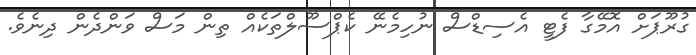
ގުރޫޕަށް އޮމޭގާ ފެޓީ އެސިޑްސް ނުހިމެނޭ ކެޕްސޫލްތަކެއް ތިން މަސް ވަންދެން ދިނެވެ.